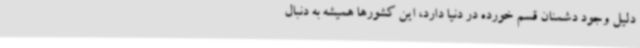
دلیل وجود دشمنان قسم خورده در دنیا دارد، این کشورها همیشه به دنبال